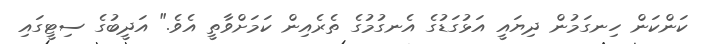
ކަންކަން ހިނގަމުން ދިޔައީ އަޅުގަޑުގެ އެނގުމުގެ ތެރެއިން ކަމަށްވާތީ އެވެ." އަދީބުގެ ސިޓީގައި